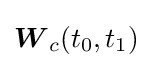
{\boldsymbol {W}}_{c}(t_{0},t_{1})